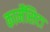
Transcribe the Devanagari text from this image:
कार्मेंसिटा